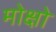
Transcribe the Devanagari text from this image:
मोक्षो